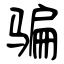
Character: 骗